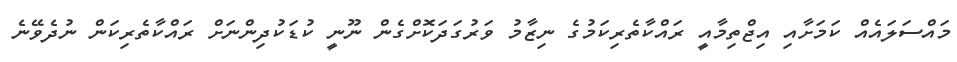
މައްސަލައެއް ކަމަށާއި އިޖްތިމާއީ ރައްކާތެރިކަމުގެ ނިޒާމު ވަރުގަދަކޮށްގެން ނޫނީ ކުޑަކުދިންނަށް ރައްކާތެރިކަން ނުދެވޭނެ